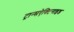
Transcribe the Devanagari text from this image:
ट्रान्सऐक्टिनाइड